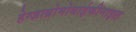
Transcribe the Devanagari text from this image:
हेग्ज़ाब्रोमोबाईफीनाइल